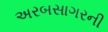
અરબસાગરની